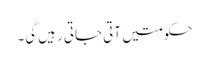
حکومتیں آتی جاتی رہیں گی۔